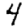
Digit: 4